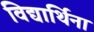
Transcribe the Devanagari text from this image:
विद्यार्थिना